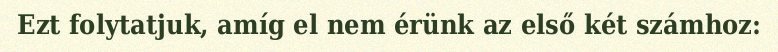
Ezt folytatjuk, amíg el nem érünk az első két számhoz: